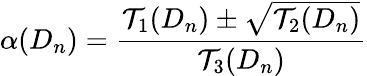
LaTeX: \alpha(D_{n})=\frac{\mathcal{T}_{1}(D_{n})\pm\sqrt{\mathcal{T}_{2}(D_{n})}}{\mathcal{T}_{3}(D_{n})}